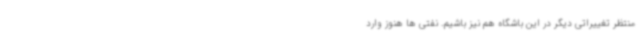
منتظر تغییراتی دیگر در این باشگاه هم نیز باشیم. نفتی ها هنوز وارد